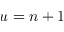
u = n \pm 1